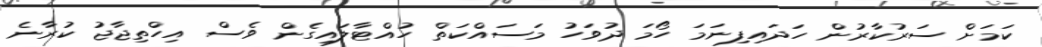
ކަމަށް ސަރުކާރުން ހަދައިފިނަމަ ހޯމަ ދުވަހު މަސައްކަތް ހުއްޓާލައިގެން ވެސް އިހްތިޖާޖު ކުރާނެ